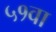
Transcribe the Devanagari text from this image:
५१वा